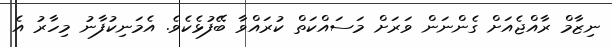
ނިޒާމް ރާއްޖެއަށް ގެންނަން ވަރަށް މަސައްކަތް ކުރައްވާ ބޭފުޅެކެވެ. އެމަނިކުފާނު މިހާރު އެ